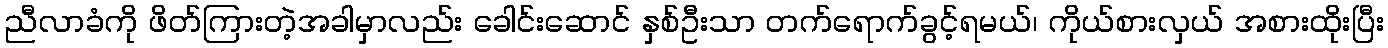
ညီလာခံကို ဖိတ်ကြားတဲ့အခါမှာလည်း ခေါင်းဆောင် နှစ်ဦးသာ တက်ရောက်ခွင့်ရမယ်၊ ကိုယ်စားလှယ် အစားထိုးပြီး